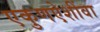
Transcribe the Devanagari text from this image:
एकुणऐशींवा